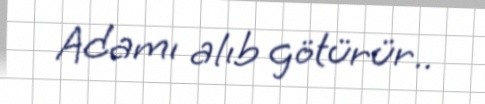
Adamı alıb götürür..